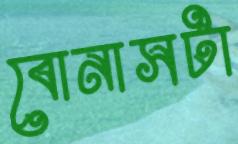
বোনাসটা